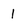
Character: 1